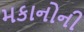
મકાનોની